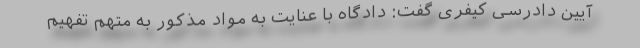
آیین دادرسی کیفری گفت: دادگاه با عنایت به مواد مذکور به متهم تفهیم